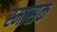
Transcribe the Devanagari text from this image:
स्मासक